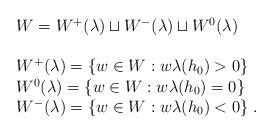
LaTeX: \begin{align*}\begin{array}{l}W=W^+(\lambda)\sqcup W^-(\lambda)\sqcup W^0(\lambda) \\\;\\W^{+}(\lambda)=\{w\in W: w\lambda(h_0)>0 \} \\W^{0}(\lambda)=\{w\in W: w\lambda(h_0)=0 \} \\W^{-}(\lambda)=\{w\in W: w\lambda(h_0)<0 \} \;.\\\end{array}\end{align*}